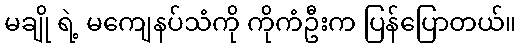
မချို ရဲ့ မကျေနပ်သံကို ကိုကံဦးက ပြန်ပြောတယ်။